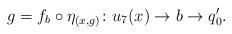
LaTeX: \begin{align*}g = f_b \circ \eta_{(x,g)}\colon u_7(x) \to b\to q_0'.\end{align*}